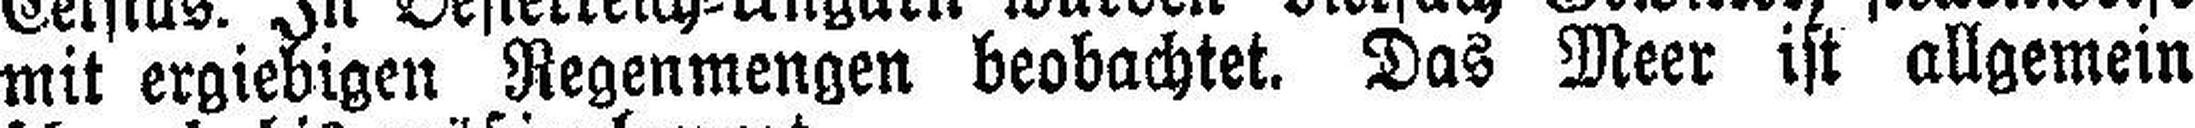
mit ergiebigen Regenmengen beobachtet. Das Meer ist allgemein